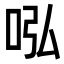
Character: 𠰈